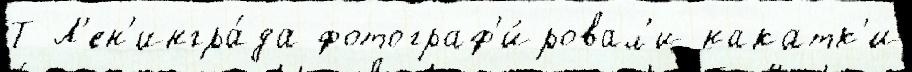
Т Л'ен'ингра́да фотограф'и́ровал'и накатк'и